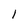
Character: l